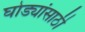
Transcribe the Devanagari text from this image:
घोड्यांसाठी